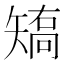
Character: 𰦝